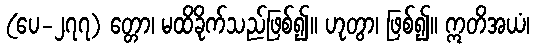
(ပေ-၂၇၇) တ္တော၊ မထိခိုက်သည်ဖြစ်၍။ ဟုတွာ၊ ဖြစ်၍။ ဣတိအယံ၊